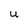
Character: U